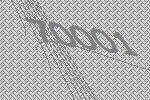
70001